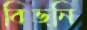
বিভ্নি